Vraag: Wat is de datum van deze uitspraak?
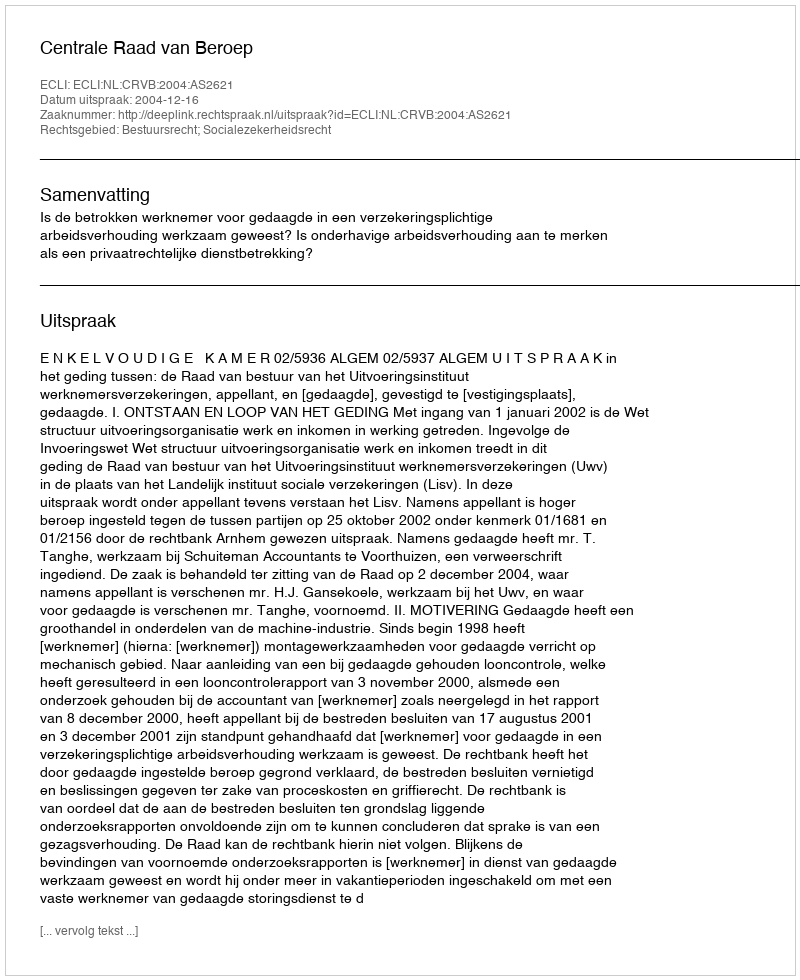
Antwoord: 2004-12-16